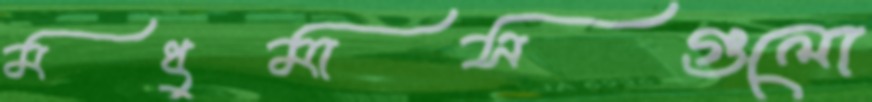
মধুমাসগুলো